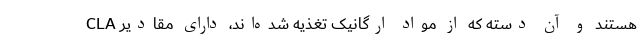
CLA هستند و آن دسته که از مواد ارگانیک تغذیه شده‌اند، دارای مقادیر